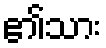
၏သား